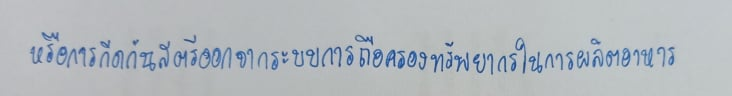
หรือการกีดกันสตรีออกจากระบบการถือครองทรัพยากรในการผลิตอาหาร